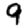
Digit: 9